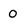
Character: 0